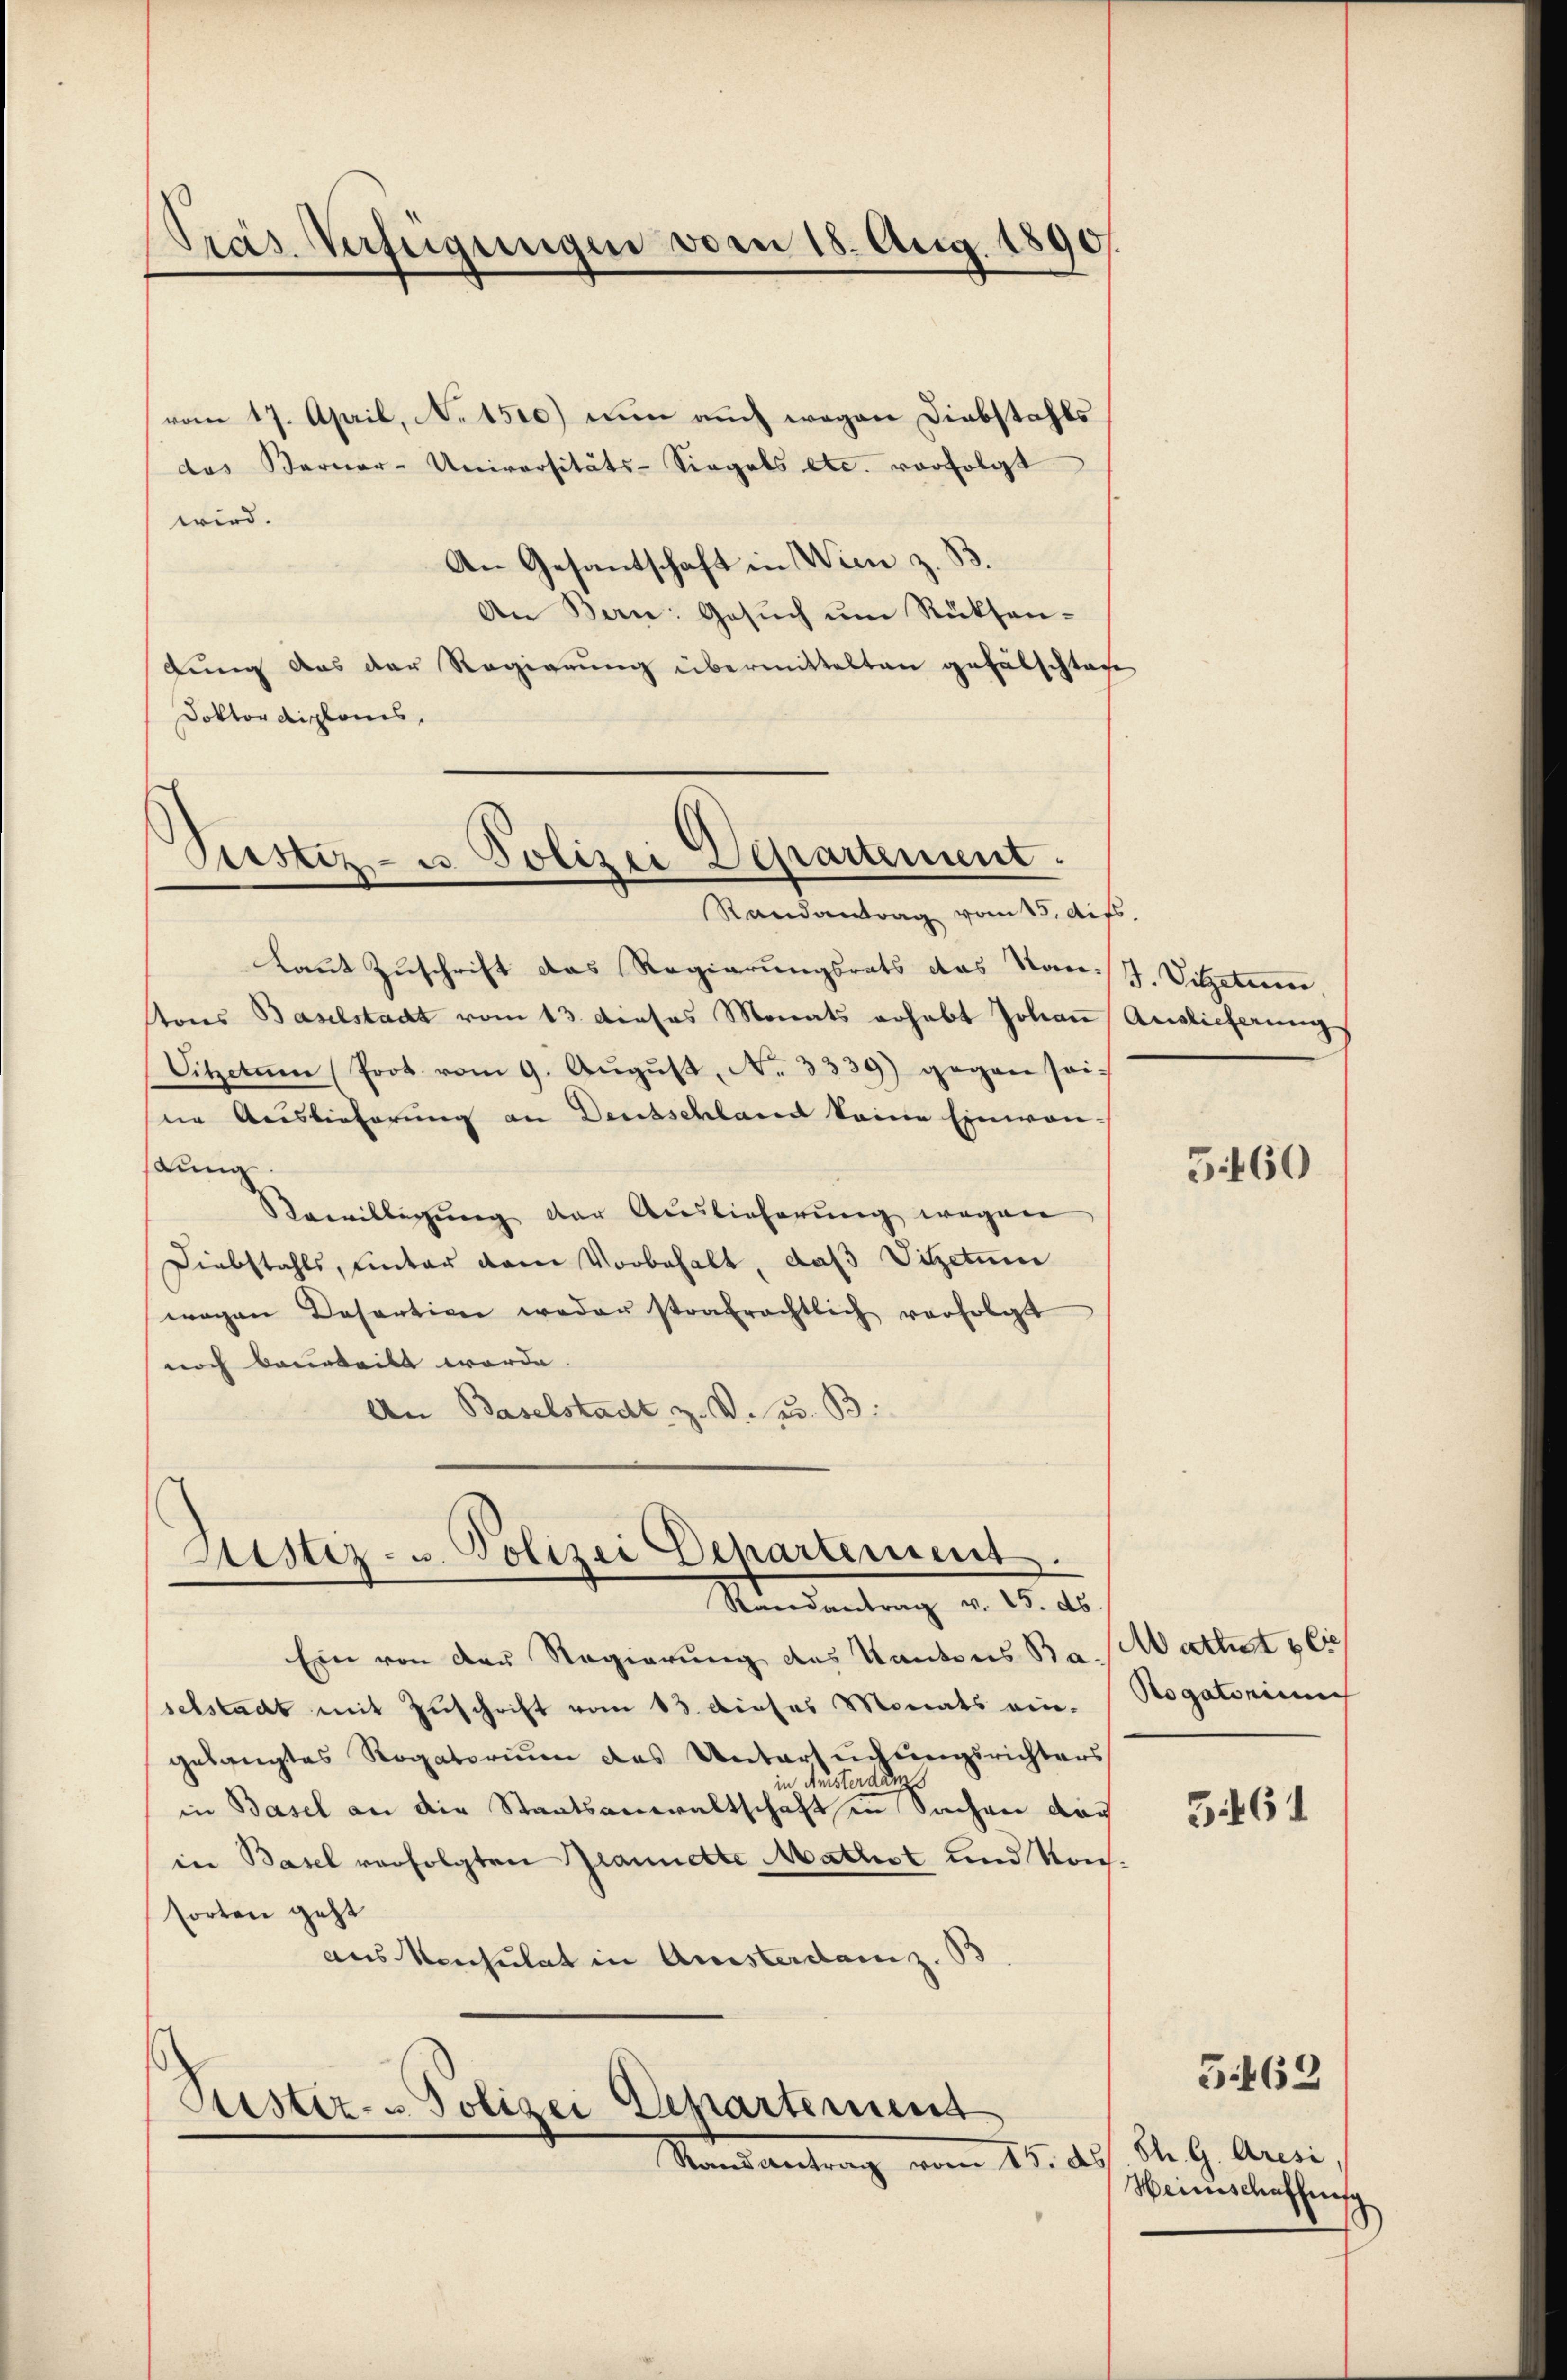
Pras Verfügungen vom 18. Aug. 1890.

vom 17. April, Notsto) nun auch wegen Diebstahls
das Berner-Universitäts-Siegels etc. vorfolgt
wird.
An Gesantschaft in Wien z. S
An Bern: Gesuch um Rücksendung aus der Regierung übermittelten gefälschten
Doktor diplonis.

Justiz- u. Polizei Departement.
Randantrag vom 15. Aufs

Laut Zuschrift das Regierungsrats das Nan-
tons Baselstadt vom 13. dieses Monats erhebt Johan
Sitzelnen (Prot. vom 9. Aŭgŭst N. 3339) gegen sei-
ne Auslieferung an Deutschland keine Einwan-
Lunge
Rewilligŭng der Auslieferŭng wegen
Diebstahls, unter dem Vorbehalt, daß Vitzetum
wegen Desortion weder strafrechtlich verfolgt
noch beurteilt werde.
An Baselstadt z. V. pr. B

Justiz- u. Polizei Departement.
Randantrag v. 25. ds.

Ein von der Regierung des Kantons Bas Wathet & Cie
selstadt mit Zuschrift vom 13. Dieses Monats ein-
gelangtes Rogatorium das Untersuchungsrichters
usterdiens
in Basel an die Staatsanwaltschaft in Sachen das 1565
in Basel verfolgten Grannette Mathist und Konsorten geht
aus Konsulat in Aussterdanz.
Priester- u Polizei Departement
Mansantrag vom 15. de

J. Vitzetum
Auslieferung

5460

Rogatorium

Ch. G. Aresi,
Heimschaffung
8

5463